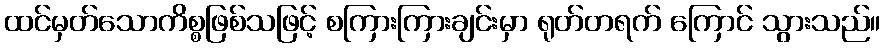
ထင်မှတ်သောကိစ္စဖြစ်သဖြင့် စကြားကြားချင်းမှာ ရုတ်တရက် ကြောင် သွားသည်။